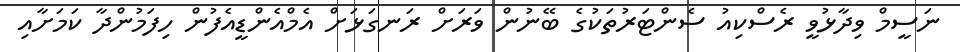
ނަސީމް ވިދާޅުވީ ރެސްކިއު ސެންޓަރުތަކުގެ ބޭނުން ވަރަށް ރަނގަޅަށް އެމްއެންޑީއެފުން ހިފަމުންދާ ކަމަށާއި